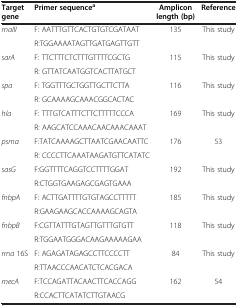
<table><thead><tr><td><b>Target gene</b></td><td><b>Primer sequence<sup>a</sup></b></td><td><b>Amplicon length (bp)</b></td><td><b>Reference</b></td></tr></thead><tbody><tr><td rowspan="2"><i>rnaIII</i></td><td>F: AATTTGTTCACTGTGTCGATAAT</td><td rowspan="2">135</td><td rowspan="2">This study</td></tr><tr><td>R:TGGAAAATAGTTGATGAGTTGTT</td></tr><tr><td rowspan="2"><i>sarA</i></td><td>F: TTCTTTCTCTTTGTTTTCGCTG</td><td rowspan="2">115</td><td rowspan="2">This study</td></tr><tr><td>R: GTTATCAATGGTCACTTATGCT</td></tr><tr><td rowspan="2"><i>spa</i></td><td>F: TGGTTTGCTGGTTGCTTCTTA</td><td rowspan="2">116</td><td rowspan="2">This study</td></tr><tr><td>R: GCAAAAGCAAACGGCACTAC</td></tr><tr><td rowspan="2"><i>hla</i></td><td>F: TTTGTCATTTCTTCTTTTTCCCA</td><td rowspan="2">169</td><td rowspan="2">This study</td></tr><tr><td>R: AAGCATCCAAACAACAAACAAAT</td></tr><tr><td rowspan="2"><i>psmα</i></td><td>F:TATCAAAAGCTTAATCGAACAATTC</td><td rowspan="2">176</td><td rowspan="2">53</td></tr><tr><td>R: CCCCTTCAAATAAGATGTTCATATC</td></tr><tr><td rowspan="2"><i>sasG</i></td><td>F:GGTTTTCAGGTCCTTTTGGAT</td><td rowspan="2">192</td><td rowspan="2">This study</td></tr><tr><td>R:CTGGTGAAGAGCGAGTGAAA</td></tr><tr><td rowspan="2"><i>fnbpA</i></td><td>F: ACTTGATTTTGTGTAGCCTTTTT</td><td rowspan="2">185</td><td rowspan="2">This study</td></tr><tr><td>R:GAAGAAGCACCAAAAGCAGTA</td></tr><tr><td rowspan="2"><i>fnbpB</i></td><td>F:CGTTATTTGTAGTTGTTTGTGTT</td><td rowspan="2">118</td><td rowspan="2">This study</td></tr><tr><td>R:TGGAATGGGACAAGAAAAAGAA</td></tr><tr><td rowspan="2"><i>rrna</i> 16S</td><td>F: AGAGATAGAGCCTTCCCCTT</td><td rowspan="2">84</td><td rowspan="2">This study</td></tr><tr><td>R:TTAACCCAACATCTCACGACA</td></tr><tr><td><i>mecA</i></td><td>F:TCCAGATTACAACTTCACCAGG</td><td>162</td><td>54</td></tr><tr><td> </td><td>R:CCACTTCATATCTTGTAACG</td><td> </td><td> </td></tr></tbody></table>